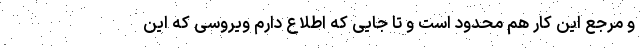
و مرجع این کار هم محدود است و تا جایی که اطلاع دارم ویروسی که این